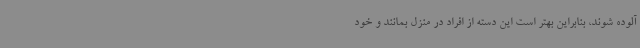
آلوده شوند، بنابراین بهتر است این دسته از افراد در منزل بمانند و خود